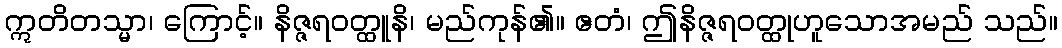
ဣတိတသ္မာ၊ ကြောင့်။ နိဇ္ဇရဝတ္ထူနိ၊ မည်ကုန်၏။ ဧတံ၊ ဤနိဇ္ဇရဝတ္ထုဟူသောအမည် သည်။